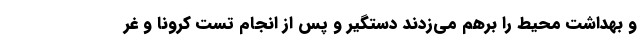
و بهداشت محیط را برهم می‌زدند دستگیر و پس از انجام تست کرونا و غر